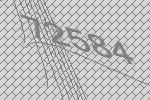
72584